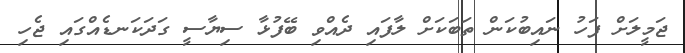
ޖަމީލަށް ފަހު ނައިބުކަން ތަބަކަށް ލާފައި ދެއްވި ބޭފުޅާ ސިޔާސީ ގަދަކަނޑެއްގައި ޖެހި